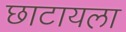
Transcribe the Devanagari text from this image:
छाटायला